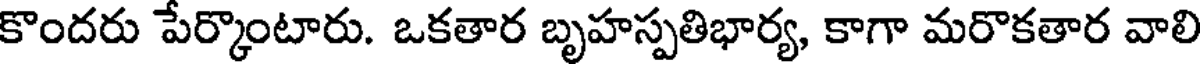
కొందరు పేర్కొంటారు. ఒకతార బృహస్పతిభార్య, కాగా మరొకతార వాలి